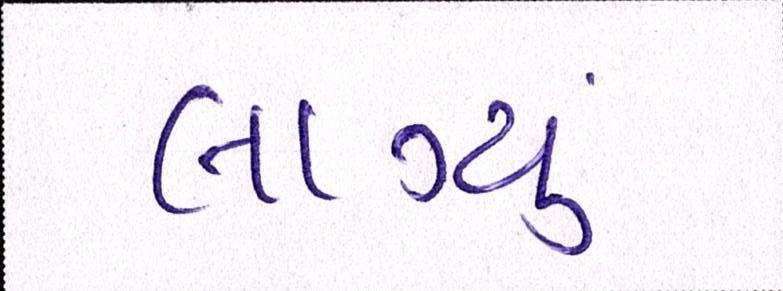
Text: લાગ્યું